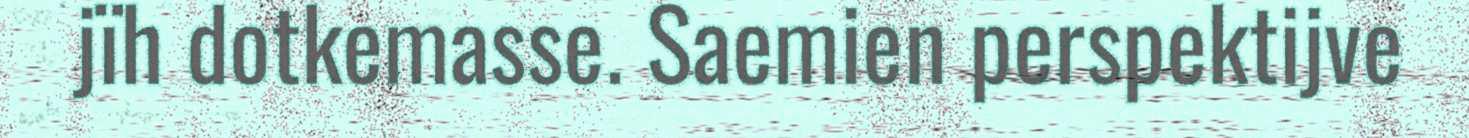
jïh dotkemasse. Saemien perspektijve